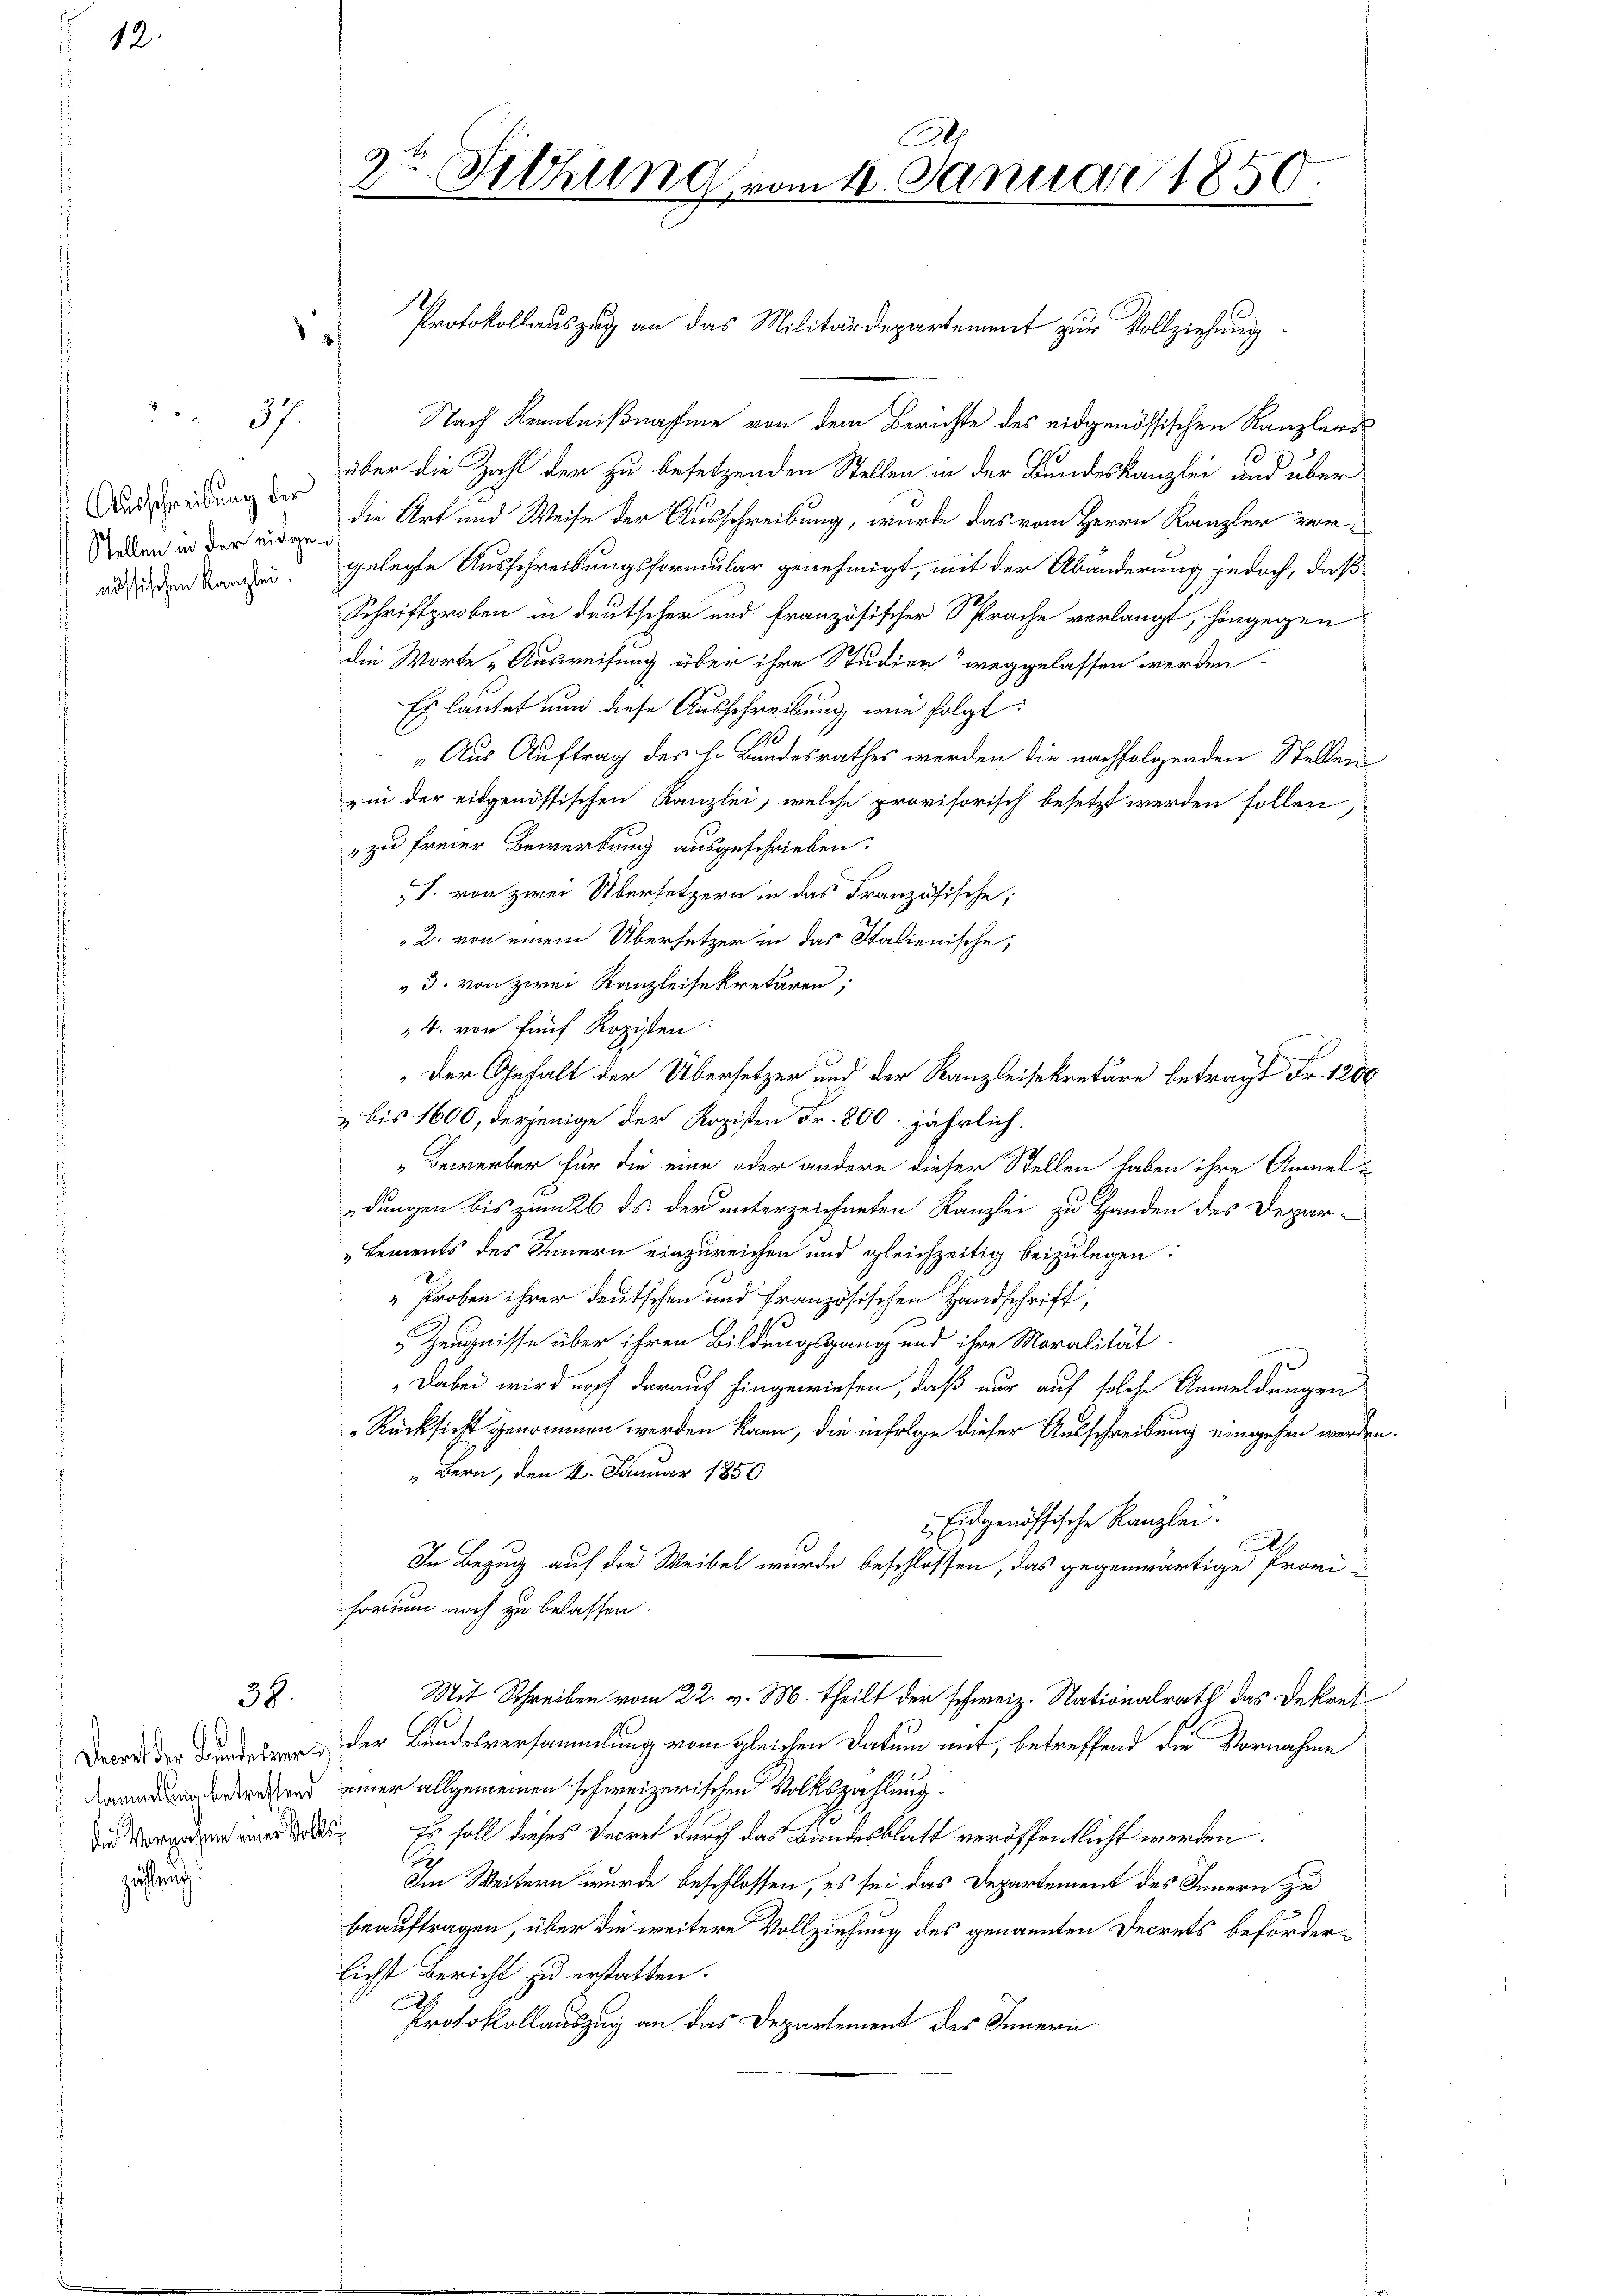
12.

Ausschreibung der
Stellen in der eidgenössischen Kanzlei.

züffung.

37.

38.

h

Nach Kenntnißnahme von dem Berichte des eidgenössischen Kanzlers
über die Zahl der zu besetzenden Stellen in der Bundeskanzlei und über
die Art und Weise der Ausschreibung, wurde das vom Herrn Kanzler vorgelegte Ausschreibungsformular genehmigt, mit der Abänderung jedoch, daß
Schriftproben in deutscher und französischer Sprache verlangt, hingegen
die Worte „Ausweisung über ihre Studien“ weggelassen werden.
Es lautet nun diese Ausschreibung wie folgt:
„Aus Auftrag des h. Bundesrathes werden die nachfolgenden Stellen-
„in der eidgenössischen Kanzlei, welche provisorisch besetzt werden sollen,
zu freier Bewerbung ausgeschrieben.
J. von zwei Übersetzern in das Französische;
2. von einem Übersetzer in das Italienische,
" 3. von zwei Kanzleisekretären;
4. von fünf Kopisten.
" Der Gehalt der Übersetzer und der Kanzleisekretäre betragt Fr. 1200
 bis 1600, derjenige der Kopisten Fr. 800. jährlich.
Bewerber für die eine oder andere dieser Stellen haben ihre Anmeldungen bis zum 26. ds. der unterzeichneten Kanzlei zu Handen des Depar-
„Lements des Innern einzureichen und gleichzeitig beizulegen:
Proben ihrer deutschen und französischen Handschrift,
 Zeugnisse über ihren Bildungsgang und ihre Moralität
Dabei wird noch darauf hingewiesen, daß nur auf solche Anmeldungen
Rücksicht genommen werden kann, die infolge dieser Ausschreibung eingehen werden
 Bern, den 4. Januar 1850
Eidgenössische Kanzlei.
.
In Bezug auf die Weibel wurde beschlossen, das gegenwärtige Provi-
forium noch zu belassen.
Mit Schreiben vom 22. v. M. theilt der schweiz. Nationalrath das Dekret
Dard der Bunderer der Bandesversammlung vom gleichen Datum mit, betreffend die Vornahme
orrechend einer allgemeinen schweizerischen Volkszahlung.
   Es soll dieses Secret durch das Bandesblatt veröffentlicht werden.
In Weitern wurde beschlossen, es sei das Departement des Innern zu
beauftragen, über die weitere Vollziehung des genannten Decrets beförderlichst Bericht zu erstatten.
Protokollauszug an das Departement des Innern

9.
e
Sitzung vom 16. Januar 1850
f

Protokollauszug an das Militärdepartement zur Vollziehung¬